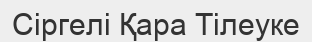
Сіргелі Қара Тілеуке